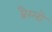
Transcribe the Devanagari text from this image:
ब्रैस्लो